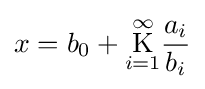
x=b_{0}+{\underset {i=1}{\overset {\infty }{\operatorname {K} }}}{\frac {a_{i}}{b_{i}}}